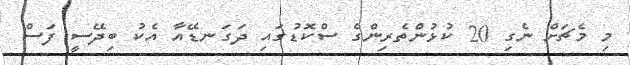
މި މެޗަށް ނެގި 20 ކުޅުންތެރިންގެ ސްކޮޑުގައި ދަގަނޑޭއާ އެކު ބިދޭސީ ފަސް